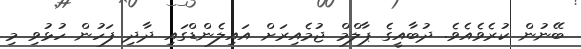
ބޭނުން ކުރެވެއެވެ. ދުބާއީގެ ޕާލްމް ޖުމެއިރަށް އައިލެންޑްގައި ދާދި ފަހުން ހުޅުވި މި